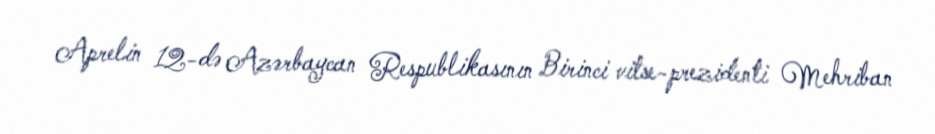
Aprelin 12-də Azərbaycan Respublikasının Birinci vitse-prezidenti Mehriban